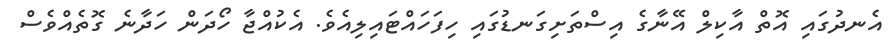
އެނދުގައި އޮތް އާކިލް އޭނާާގެ އިސްތަށިގަނޑުގައި ހިފަހައްޓައިލިއެވެ. އެކުއްޖާ ހޯދަން ހަދާނެ ގޮތެއްވެސް